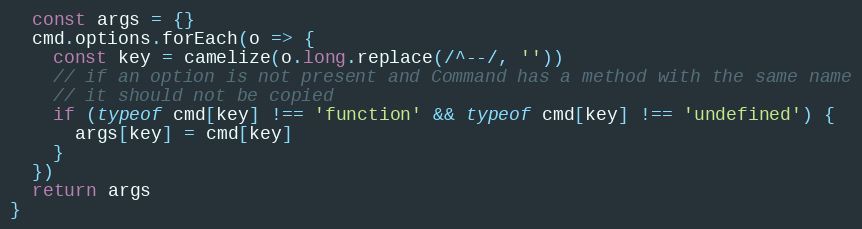
Language: JavaScript
  const args = {}
  cmd.options.forEach(o => {
    const key = camelize(o.long.replace(/^--/, ''))
    // if an option is not present and Command has a method with the same name
    // it should not be copied
    if (typeof cmd[key] !== 'function' && typeof cmd[key] !== 'undefined') {
      args[key] = cmd[key]
    }
  })
  return args
}